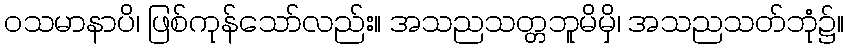
ဝသမာနာပိ၊ ဖြစ်ကုန်သော်လည်း။ အသညသတ္တဘူမိမှိ၊ အသညသတ်ဘုံ၌။